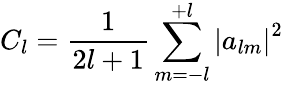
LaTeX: C_{l}=\frac{1}{2l+1}\sum_{m=-l}^{+l}\left|a_{lm}\right|^{2}